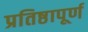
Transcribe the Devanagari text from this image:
प्रतिष्ठापूर्ण